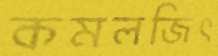
কমলজিৎ